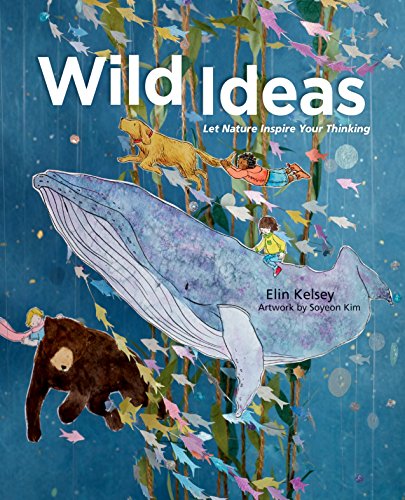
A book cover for Wild Ideas: Let Nature Inspire Your Thinking; Elin Kelsey; Children's Books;